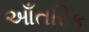
આઁતરિક